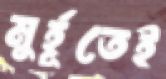
মুর্হূতেই